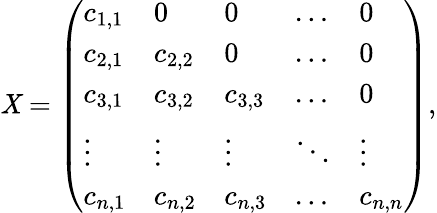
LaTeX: \mathit{X}=\left(\begin{array}{lllll}{c_{1,1}}&{0}&{0}&{\dots}&{0}\\ {c_{2,1}}&{c_{2,2}}&{0}&{\dots}&{0}\\ {c_{3,1}}&{c_{3,2}}&{c_{3,3}}&{\dots}&{0}\\ {\vdots}&{\vdots}&{\vdots}&{\ddots}&{\vdots}\\ {c_{n,1}}&{c_{n,2}}&{c_{n,3}}&{\dots}&{c_{n,n}}\end{array}\right),